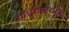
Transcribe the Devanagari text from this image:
मरमस्पर्शी